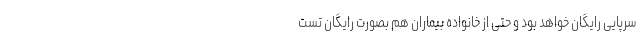
سرپایی رایگان خواهد بود و حتی از خانواده بیماران هم بصورت رایگان تست